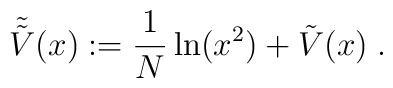
\tilde{\tilde{V}}(x) := \frac{1}{N} \ln ( x^2 ) + \tilde{V}(x) \; .